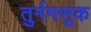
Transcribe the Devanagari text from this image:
तुर्नगसुक